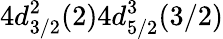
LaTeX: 4d_{3/2}^{2}(2)4d_{5/2}^{3}(3/2)